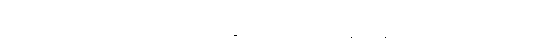
ထိုတရားတို့ကို။ ဥဂ္ဂဟေတဗ္ဗံဥဂ္ဂဟေတဗ္ဗေ၊ ယူအပ်သည်တို့ကို။